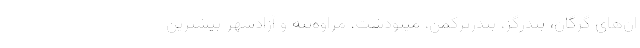
ان‌های گرگان، بندرگز، بندرترکمن، مینودشت، مراوه‌تپه و آزادشهر بیشترین